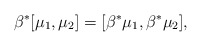
\begin{align*}\beta^*[\mu_1, \mu_2] = [\beta^*\mu_1, \beta^*\mu_2],\end{align*}